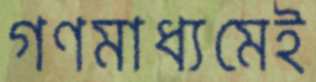
গণমাধ্যমেই